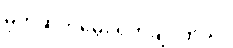
မုတ်ဆိတ်မွေး ရိတ်ချင်တယ်။